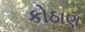
કોઠાણ